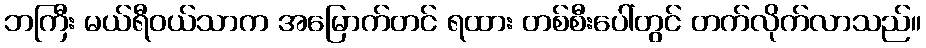
ဘကြီး မယ်ရီဝယ်သာက အမြောက်တင် ရထား တစ်စီးပေါ်တွင် တက်လိုက်လာသည်။